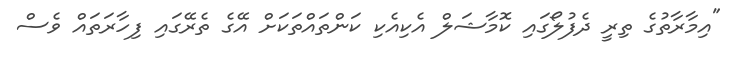
"އިމާރާތުގެ ތިރީ ދެފުލޯގައި ކޮމާޝަލް އެކިއެކި ކަންތައްތަކަށް އޭގެ ތެރޭގައި ފިހާރަތައް ވެސް